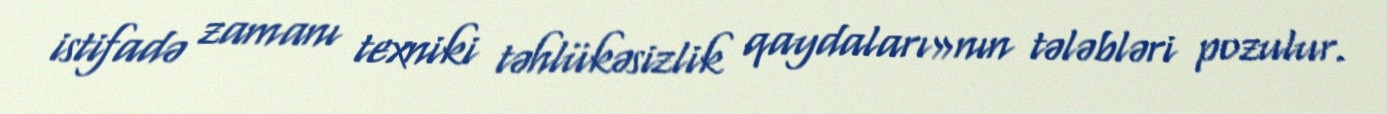
istifadə zamanı texniki təhlükəsizlik qaydaları»nın tələbləri pozulur.